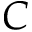
C